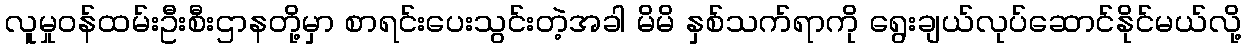
လူမှုဝန်ထမ်းဦးစီးဌာနတို့မှာ စာရင်းပေးသွင်းတဲ့အခါ မိမိ နှစ်သက်ရာကို ရွေးချယ်လုပ်ဆောင်နိုင်မယ်လို့